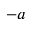
- a